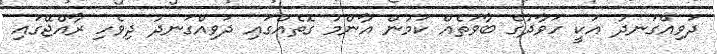
ދަވިއްގަނދު އަކީ ހަވާދުގެ ބާވަތެއް ކަމުން އާންމު ގޮތެއްގައި ދަވިއްގަނދު ދިވެހި ރާއްޖޭގައި